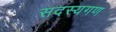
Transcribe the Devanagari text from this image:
सदस्‍यगण